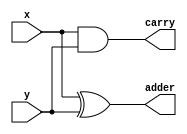
module half_adder(
	input x,
	input y,
	output adder,carry
);

assign adder = x^y;
assign carry = x&y;

endmodule